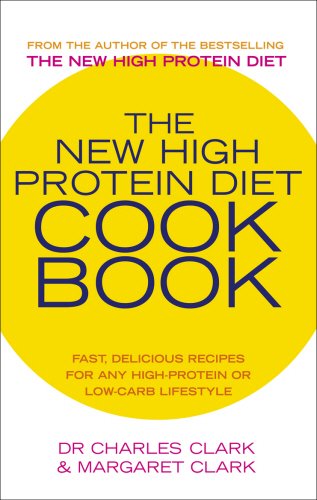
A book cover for The New High Protein Diet Cookbook: Fast, Delicious Recipes for Any High-Protein or Low-Carb Lifestyle; Dr. Dr. Charles Clark; Cookbooks, Food & Wine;